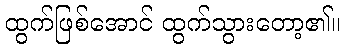
ထွက်ဖြစ်အောင် ထွက်သွားတော့၏။